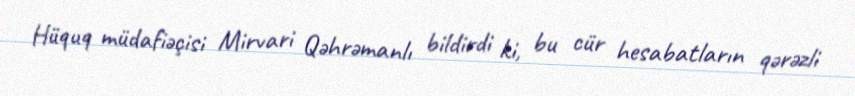
Hüquq müdafiəçisi Mirvari Qəhrəmanlı bildirdi ki, bu cür hesabatların qərəzli